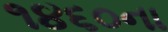
૧૪૬૦ના